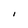
Character: I